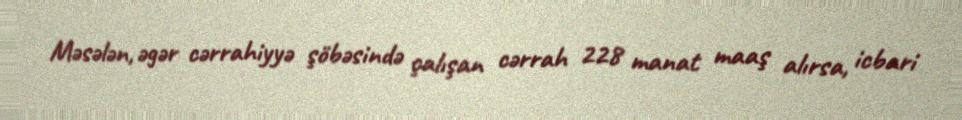
Məsələn, əgər cərrahiyyə şöbəsində çalışan cərrah 228 manat maaş alırsa, icbari